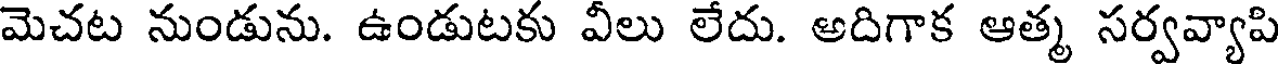
మెచట నుండును. ఉండుటకు వీలు లేదు. అదిగాక ఆత్మ సర్వవ్యాపి